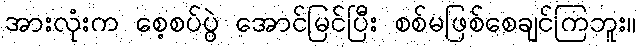
အားလုံးက စေ့စပ်ပွဲ အောင်မြင်ပြီး စစ်မဖြစ်စေချင်ကြဘူး။